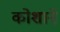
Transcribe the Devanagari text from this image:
कोशाने